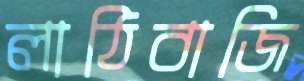
লাঠিবাজি